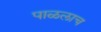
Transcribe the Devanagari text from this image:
पाळलाच